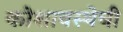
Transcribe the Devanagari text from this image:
कोशावस्थेची